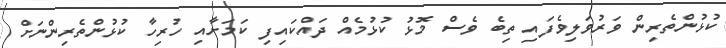
ކުޅުންތެރިން ވަރުވަލިވެފައި ތިބެ ވެސް މޮޅު ކުޅުމެއް ދައްކައިފި ކަމަށާއި ހުރިހާ ކުޅުންތެރިންނަށް